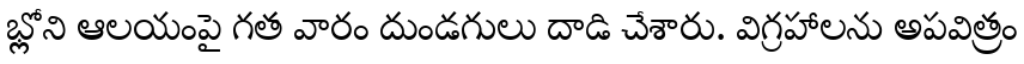
భ్లోని ఆలయంపై గత వారం దుండగులు దాడి చేశారు. విగ్రహాలను అపవిత్రం